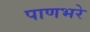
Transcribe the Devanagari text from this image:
पाणभरे